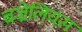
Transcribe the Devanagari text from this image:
बज्रेलियस